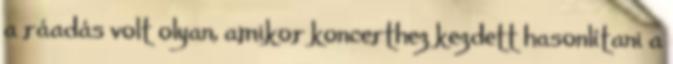
a ráadás volt olyan, amikor koncerthez kezdett hasonlí­tani a